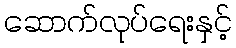
ဆောက်လုပ်ရေးနှင့်